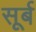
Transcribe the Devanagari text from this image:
सूर्ब